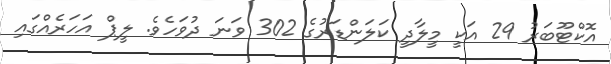
އޮކްޓޫބަރު 29 އަކީ މީލާދީ ކަލަންޑަރުގެ 302 ވަނަ ދުވަހެވެ. ލީޕް އަހަރެއްގައި